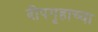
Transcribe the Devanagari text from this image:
दीपगृहाच्या